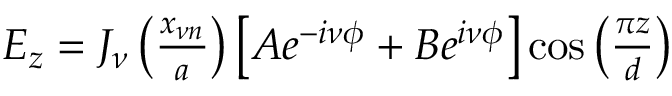
\begin{array} { r } { E _ { z } = J _ { \nu } \left( \frac { x _ { \nu n } } { a } \right) \left[ A e ^ { - i \nu \phi } + B e ^ { i \nu \phi } \right] \cos \left( \frac { \pi z } { d } \right) } \end{array}